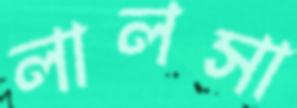
লালসা